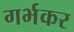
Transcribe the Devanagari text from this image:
गर्भकर